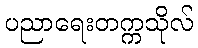
ပညာရေးတက္ကသိုလ်